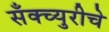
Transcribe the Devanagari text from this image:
सॅंक्च्युरीचे